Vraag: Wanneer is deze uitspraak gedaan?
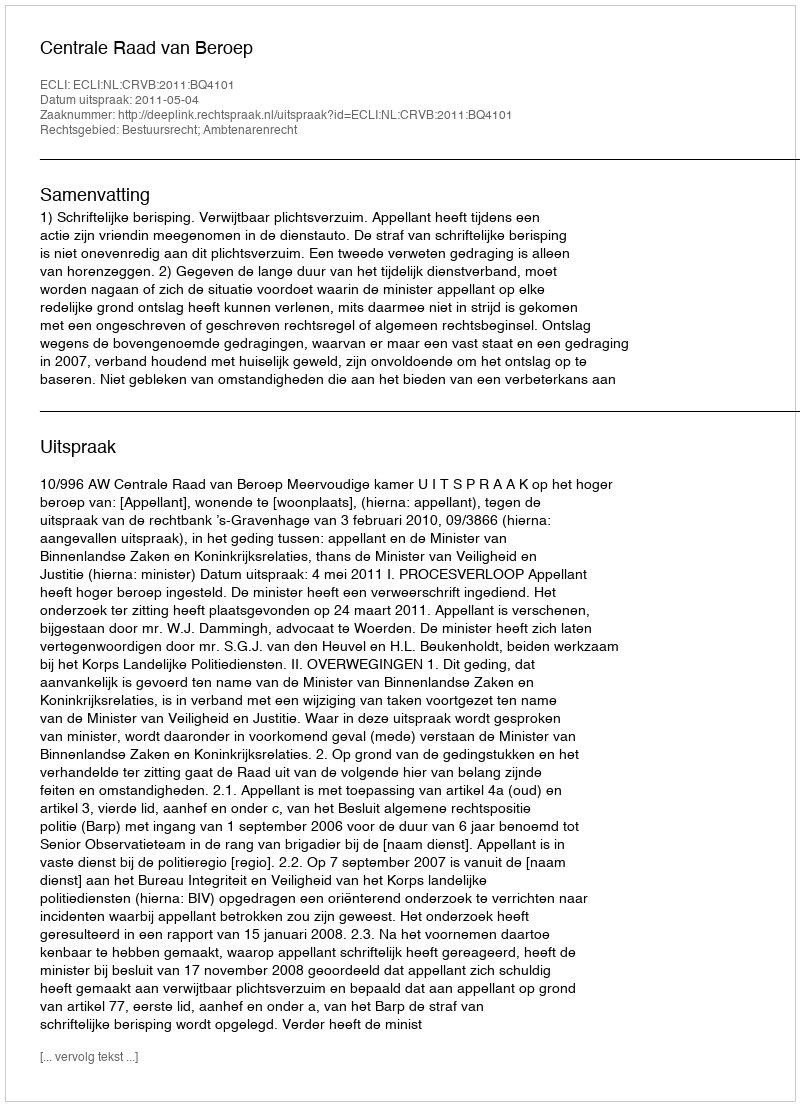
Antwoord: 2011-05-04